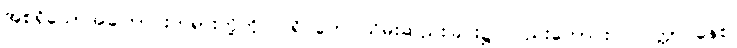
အစရှိသောအကြောင်းတရားတို့ကို။ ပရိဂ္ဂဟေ၊ သိမ်းဆည်းခြင်း၌ လည်းကောင်း။ ဝဝတ္တာပနေစ၊